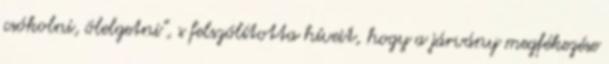
csókolni, ölelgetni", s felszólította híveit, hogy a járvány megfékezése